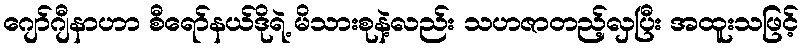
ဂျော်ဂျီနာဟာ စီရော်နယ်ဒိုရဲ့ မိသားစုနဲ့လည်း သဟဇာတည့်လှပြီး အထူးသဖြင့်